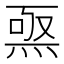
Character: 𤊅